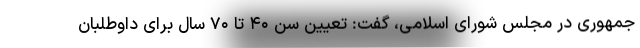
جمهوری در مجلس شورای اسلامی، گفت: تعیین سن ۴۰ تا ۷۰ سال برای داوطلبان